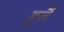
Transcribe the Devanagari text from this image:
हुजै